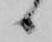
候